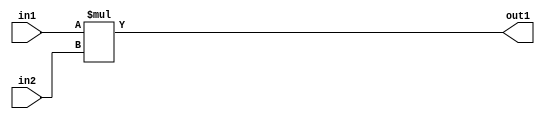
`timescale 1ps / 1ps
/*****************************************************************************
    Verilog RTL Description
    
    
    Created by: Stratus DpOpt 2019.1.01 
*******************************************************************************/

module ImageGradient_Mul_8Ux8U_8U_4 (
	in2,
	in1,
	out1
	); /* architecture "behavioural" */ 
input [7:0] in2,
	in1;
output [7:0] out1;
wire [7:0] asc001;

assign asc001 = 
	+(in1 * in2);

assign out1 = asc001;
endmodule

/* CADENCE  urj5SgA= : u9/ySgnWtBlWxVPRXgAZ4Og= ** DO NOT EDIT THIS LINE ******/